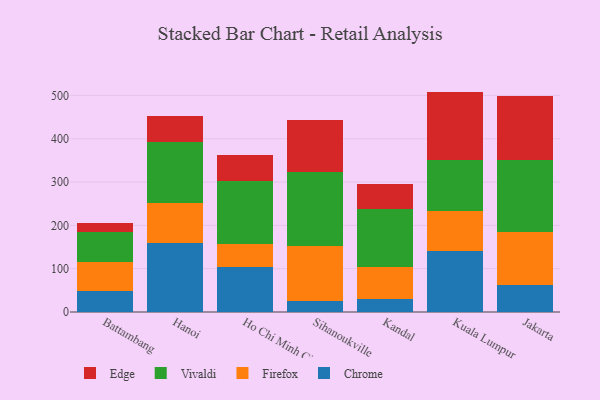
{"axis": {"x": "City", "y": "Market Share (%)"}, "legend": ["Chrome", "Edge", "Firefox", "Vivaldi"], "data": [{"x": "Battambang", "y": 48.2, "type": "Chrome"}, {"x": "Battambang", "y": 67.2, "type": "Firefox"}, {"x": "Battambang", "y": 69.1, "type": "Vivaldi"}, {"x": "Battambang", "y": 20.8, "type": "Edge"}, {"x": "Hanoi", "y": 159.0, "type": "Chrome"}, {"x": "Hanoi", "y": 93.5, "type": "Firefox"}, {"x": "Hanoi", "y": 140.4, "type": "Vivaldi"}, {"x": "Hanoi", "y": 58.9, "type": "Edge"}, {"x": "Ho Chi Minh City", "y": 103.1, "type": "Chrome"}, {"x": "Ho Chi Minh City", "y": 54.2, "type": "Firefox"}, {"x": "Ho Chi Minh City", "y": 145.8, "type": "Vivaldi"}, {"x": "Ho Chi Minh City", "y": 59.5, "type": "Edge"}, {"x": "Sihanoukville", "y": 24.7, "type": "Chrome"}, {"x": "Sihanoukville", "y": 128.4, "type": "Firefox"}, {"x": "Sihanoukville", "y": 170.6, "type": "Vivaldi"}, {"x": "Sihanoukville", "y": 119.3, "type": "Edge"}, {"x": "Kandal", "y": 29.7, "type": "Chrome"}, {"x": "Kandal", "y": 73.9, "type": "Firefox"}, {"x": "Kandal", "y": 133.9, "type": "Vivaldi"}, {"x": "Kandal", "y": 57.7, "type": "Edge"}, {"x": "Kuala Lumpur", "y": 141.8, "type": "Chrome"}, {"x": "Kuala Lumpur", "y": 91.8, "type": "Firefox"}, {"x": "Kuala Lumpur", "y": 117.3, "type": "Vivaldi"}, {"x": "Kuala Lumpur", "y": 158.0, "type": "Edge"}, {"x": "Jakarta", "y": 63.4, "type": "Chrome"}, {"x": "Jakarta", "y": 121.2, "type": "Firefox"}, {"x": "Jakarta", "y": 166.0, "type": "Vivaldi"}, {"x": "Jakarta", "y": 149.2, "type": "Edge"}]}